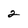
Character: 2